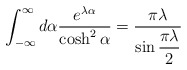
\begin{align*}\int_{-\infty}^\infty d\alpha\frac{e^{\lambda\alpha}}{\cosh^2\alpha}=\frac{\pi\lambda}{\sin\displaystyle\frac{\pi\lambda}{2}}\end{align*}